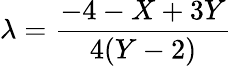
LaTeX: \lambda=\frac{-4-X+3Y}{4(Y-2)}